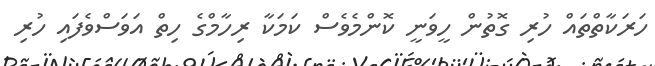
ހަރަކާތްތައް ހުރި ގޮތުން ހީވަނީ ކޮންމެވެސް ކަމަކާ ރިހާމްގެ ހިތް އަވަސްވެފައި ހުރި